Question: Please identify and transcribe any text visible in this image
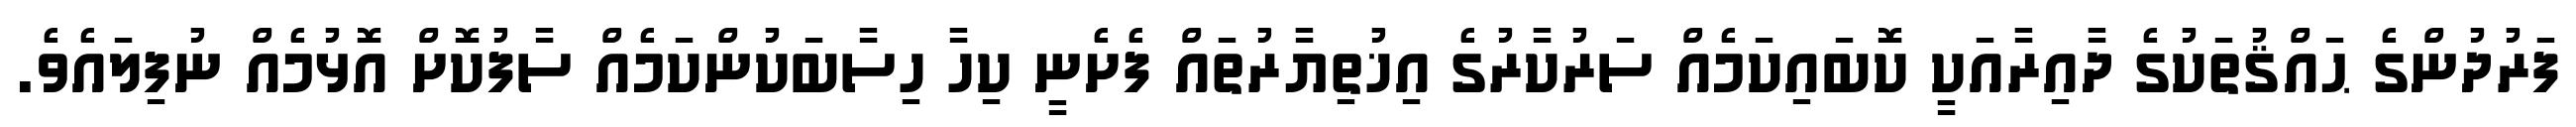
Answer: ފަރުދުންގެ ޙައްޤުތަކުގެ ދާއިރާއަކީ ކޮބައިކަމެއް ސަރުކާރުގެ އިޚުތިޔާރުތައް ފެށެނީ ކިހާ ހިސާބަކުންކަމެއް ސާފުކޮށް އޮޅުމެއް ނުފިލައެވެ.